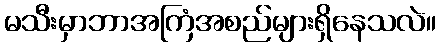
မသီးမှာဘာအကြံအစည်များရှိနေသလဲ။